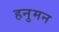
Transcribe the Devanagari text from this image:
हनुमन